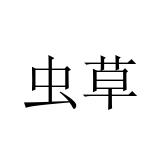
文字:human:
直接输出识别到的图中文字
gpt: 虫草